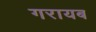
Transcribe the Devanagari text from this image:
गरायब